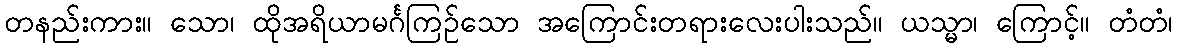
တနည်းကား။ သော၊ ထိုအရိယာမင်္ဂကြဉ်သော အကြောင်းတရားလေးပါးသည်။ ယသ္မာ၊ ကြောင့်။ တံတံ၊